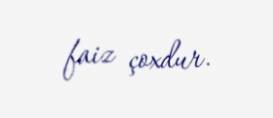
faiz çoxdur.